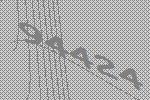
94424